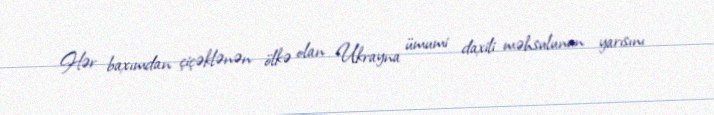
Hər baxımdan çiçəklənən ölkə olan Ukrayna ümumi daxili məhsulunun yarısını